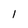
Character: 1